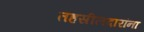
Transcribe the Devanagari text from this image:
तहसीलदारांना